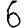
Digit: 6